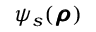
\psi _ { s } ( \pmb { \rho } )